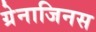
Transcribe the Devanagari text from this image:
ग्रेनाजिनस